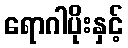
ရောဂါပိုးနှင့်